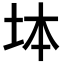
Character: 𡊖